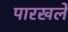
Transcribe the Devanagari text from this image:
पारखले